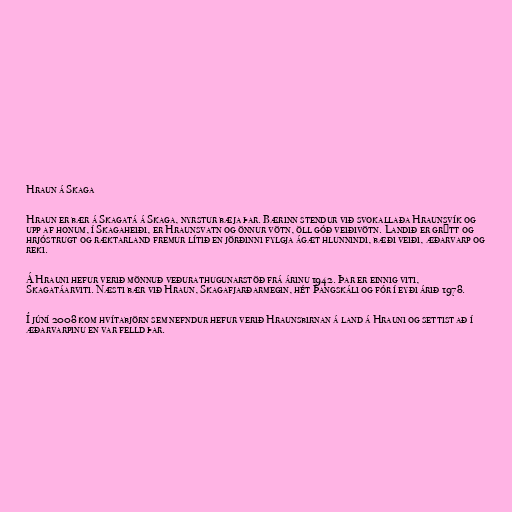
Hraun á Skaga

Hraun er bær á Skagatá á Skaga, nyrstur bæja þar. Bærinn stendur við svokallaða Hraunsvík og
upp af honum, í Skagaheiði, er Hraunsvatn og önnur vötn, öll góð veiðivötn. Landið er grýtt og
hrjóstrugt og ræktarland fremur lítið en jörðinni fylgja ágæt hlunnindi, bæði veiði, æðarvarp og
reki.

Á Hrauni hefur verið mönnuð veðurathugunarstöð frá árinu 1942. Þar er einnig viti,
Skagatáarviti. Næsti bær við Hraun, Skagafjarðarmegin, hét Þangskáli og fór í eyði árið 1978.

Í júní 2008 kom hvítabjörn sem nefndur hefur verið Hraunsbirnan á land á Hrauni og settist að í
æðarvarpinu en var felld þar.